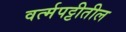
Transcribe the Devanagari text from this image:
वर्त्मपट्टीतील